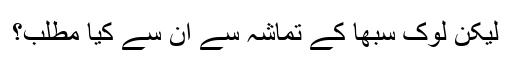
لیکن لوک سبھا کے تماشہ سے ان سے کیا مطلب؟